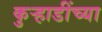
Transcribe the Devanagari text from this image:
कुऱ्हाडींच्या